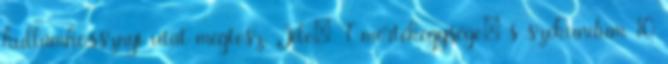
hullámhossznyi utat megtesz. Jele: T mértékegysége: s szekundum 10